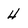
Character: 4